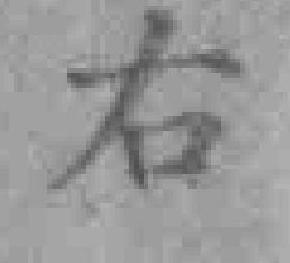
右